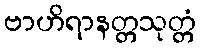
ဗာဟိရာနတ္တသုတ္တံ